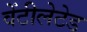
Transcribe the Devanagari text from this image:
वेंटीलेटेड